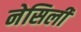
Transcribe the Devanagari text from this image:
नेसिली